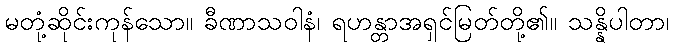
မတုံ့ဆိုင်းကုန်သော။ ခီဏာသဝါနံ၊ ရဟန္တာအရှင်မြတ်တို့၏။ သန္နိပါတာ၊